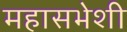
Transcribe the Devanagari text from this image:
महासभेशी